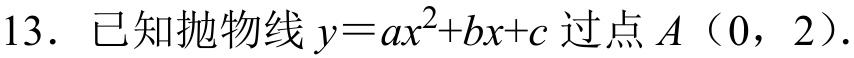
13. 已知抛物线\(y = ax^{2}+bx + c\)过点\(A(0,2)\).